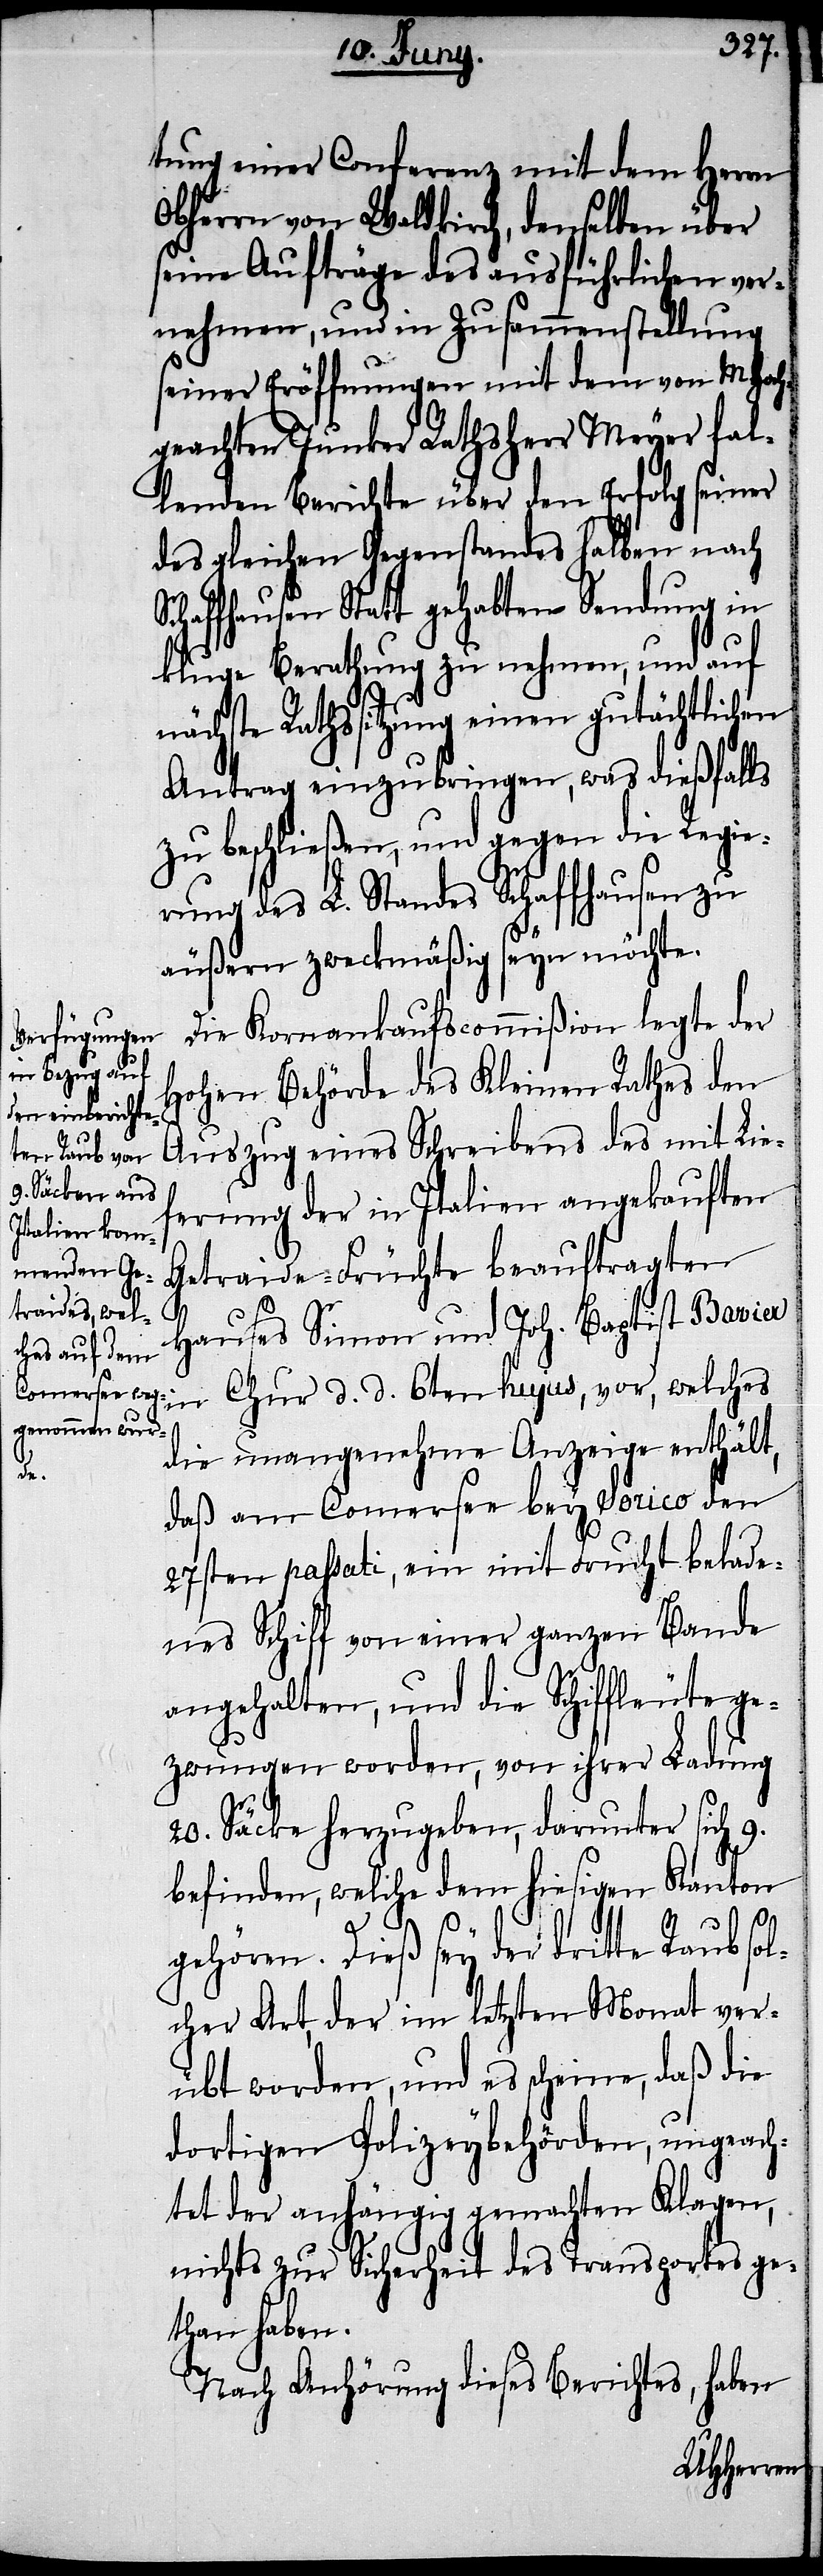
tung einer Conferenz mit dem Herrn
Obherrn von Waldkirch, denselben über
seine Aufträge des ausführlichen ver¬
nehmen, und in Zusammenstellung
seiner Eröffnungen mit dem von MHoch¬
geachten Junker Rathsherr Meyer fal¬
lenden Berichte über den Erfolg seiner
des gleichen Gegenstandes halben nach
chaffhausen Statt gehabten Sendung in
kluge Berathung zu nehmen, und auf
nächste Rathssitzung einen gutächtlichen
Antrag einzubringen, was dießfalls
zu beschließen, und gegen die Regie¬
rung des L. Standes Schaffhausen zu
äußern zweckmäßig seyn möchte.
Die Kornankaufscommißion legte der
Hohen Behörde des Kleinen Rathes den
Auszug eines Schreibens des mit Lief¬
erung der in Italien angekauften
Getraide-Früchte beauftragten
S¬
Hauses Simon und Joh. Baptist Ba¬
vier in Chur d. d. 6ten hujus, vor, welches
die unangenehme Anzeige enthält,
daß am Comersee bey Sorico den
27sten passati, ein mit Frucht belade¬
nes Schiff von einer ganzen Bande
angehalten, und die Schiffleute ge¬
zwungen worden, von ihrer Ladung
20. Säcke herzugeben, darunter sich 9.
befinden, welche dem hiesigen Kanton
gehören. Dieß sey der dritte Raub sol¬
cher Art, der im letzten Monat ver¬
übt worden, und es scheine, daß die
dortigen Polizeybehörden, ungeach¬
tet der anhängig gemachten Klagen,
nichts zur Sicherheit des Transportes ge¬
than haben.
Nach Anhörung dieses Berichtes, haben